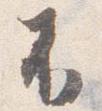
不